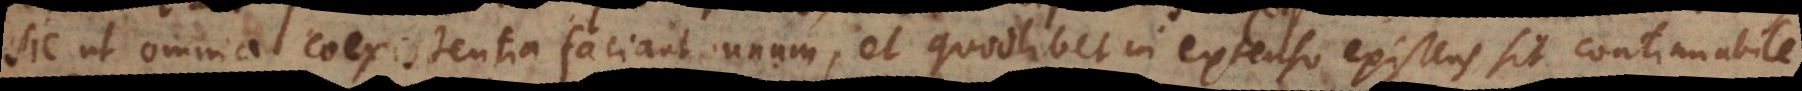
sic ut omnia coexistentia faciant unum, et quodlibet in extenso existens sit continuabile